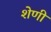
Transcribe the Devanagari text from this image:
शेणी